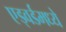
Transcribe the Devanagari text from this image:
एड्वर्डमध्ये